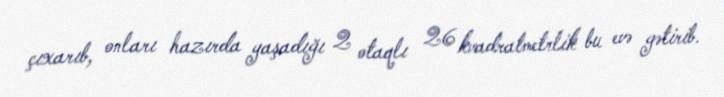
çıxarıb, onları hazırda yaşadığı 2 otaqlı 26 kvadratmetrlik bu evə gətirib.